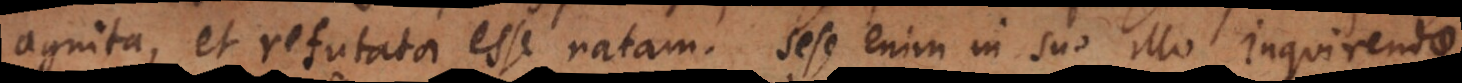
agnita, et refutata esse [natas]. Sese enim in suo illo Inquirendae